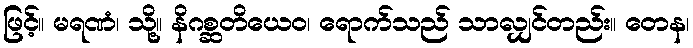
ဖြင့်။ မရဏံ၊ သို့။ နိဂစ္ဆတိယေဝ၊ ရောက်သည် သာလျှင်တည်း။ တေန၊